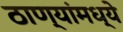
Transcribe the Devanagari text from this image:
ठाण्यांमध्ये